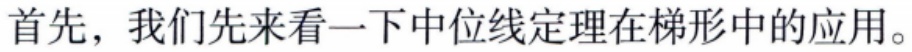
首先，我们先来看一下中位线定理在梯形中的应用。